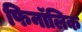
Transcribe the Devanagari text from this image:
फिनॉलिक